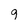
Character: g